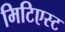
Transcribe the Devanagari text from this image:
मिटिएस्ट